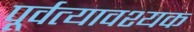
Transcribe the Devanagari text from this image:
पूर्वत्यावश्यक